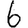
Digit: 6